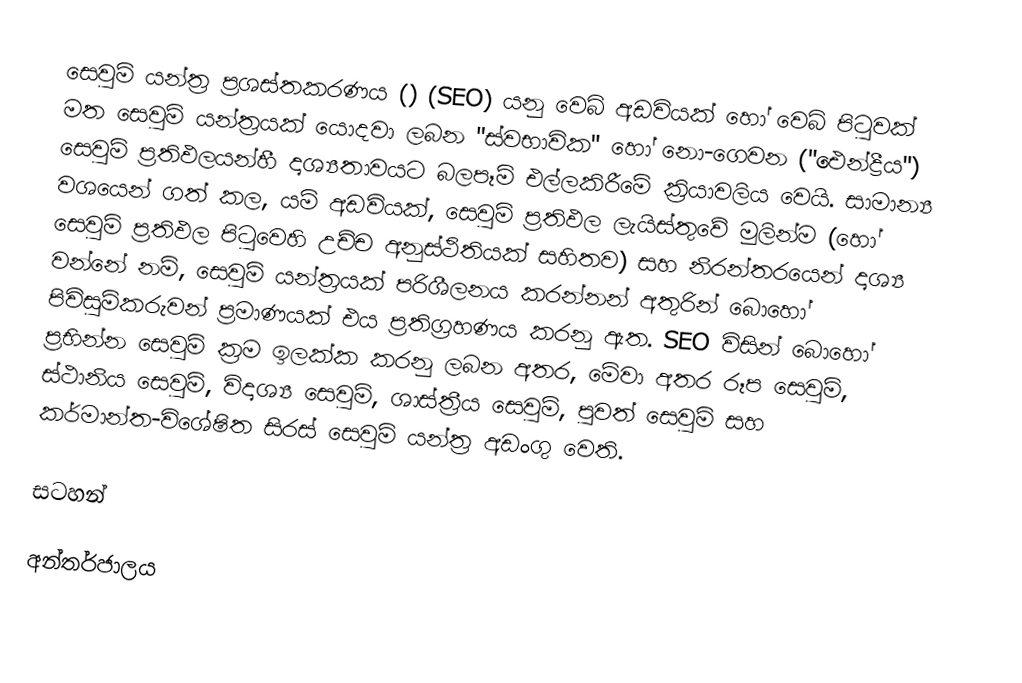
සෙවුම් යන්ත්‍ර ප්‍රශස්තකරණය  () (SEO) යනු වෙබ් අඩවියක් හෝ  වෙබ් පිටුවක් මත සෙවුම් යන්ත්‍රයක් යොදවා ලබන  "ස්වභාවික" හෝ නො-ගෙවන ("ඓන්ද්‍රීය") සෙවුම් ප්‍රතිඵලයන්හී දෘශ්‍යතාවයට බලපෑම් එල්ලකිරීමේ ක්‍රියාවලිය වෙයි. සාමාන්‍ය වශයෙන් ගත් කල, යම් අඩවියක්, සෙවුම් ප්‍රතිඵල ලැයිස්තුවේ මුලින්ම (හෝ සෙවුම් ප්‍රතිඵල පිටුවෙහි උච්ච අනුස්ථිතියක් සහිතව) සහ නිරන්තරයෙන් දෘශ්‍ය වන්නේ නම්, සෙවුම් යන්ත්‍රයක් පරිශීලනය කරන්නන් අතුරින්  බොහෝ පිවිසුම්කරුවන් ප්‍රමාණයක් එය ප්‍රතිග්‍රහණය කරනු ඇත. SEO විසින් බොහෝ ප්‍රභින්න සෙවුම් ක්‍රම ඉලක්ක කරනු ලබන අතර, මේවා අතර රූප සෙවුම්, ස්ථානිය සෙවුම්, විදෘශ්‍ය සෙවුම්, ශාස්ත්‍රීය සෙවුම්, පුවත් සෙවුම් සහ කර්මාන්ත-විශේෂිත සිරස් සෙවුම් යන්ත්‍ර අඩංගු වෙති.

සටහන්

අන්තර්ජාලය